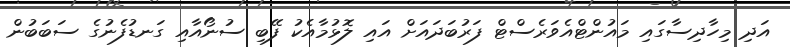
އަދި މިހާދިސާގައި މައުންޓްއެވަރެސްޓް ފަރުބަދައަށް އައި ލޮޅުމާއެކު ފޭބި ސުނޯއާއި ގަނޑުފެނުގެ ސަބަބުން